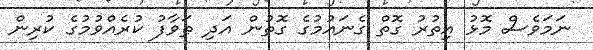
ނަމަވެސް މޮޅު އިތުރު ގޮތް ގެނައުމުގެ ގޮތުން އަދި ޠަވާފު ކުރެއްވުމުގެ ކުރިން